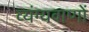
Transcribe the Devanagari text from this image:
व्यंग्यवाणों